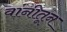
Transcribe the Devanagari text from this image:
वांनीतून